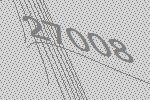
27008